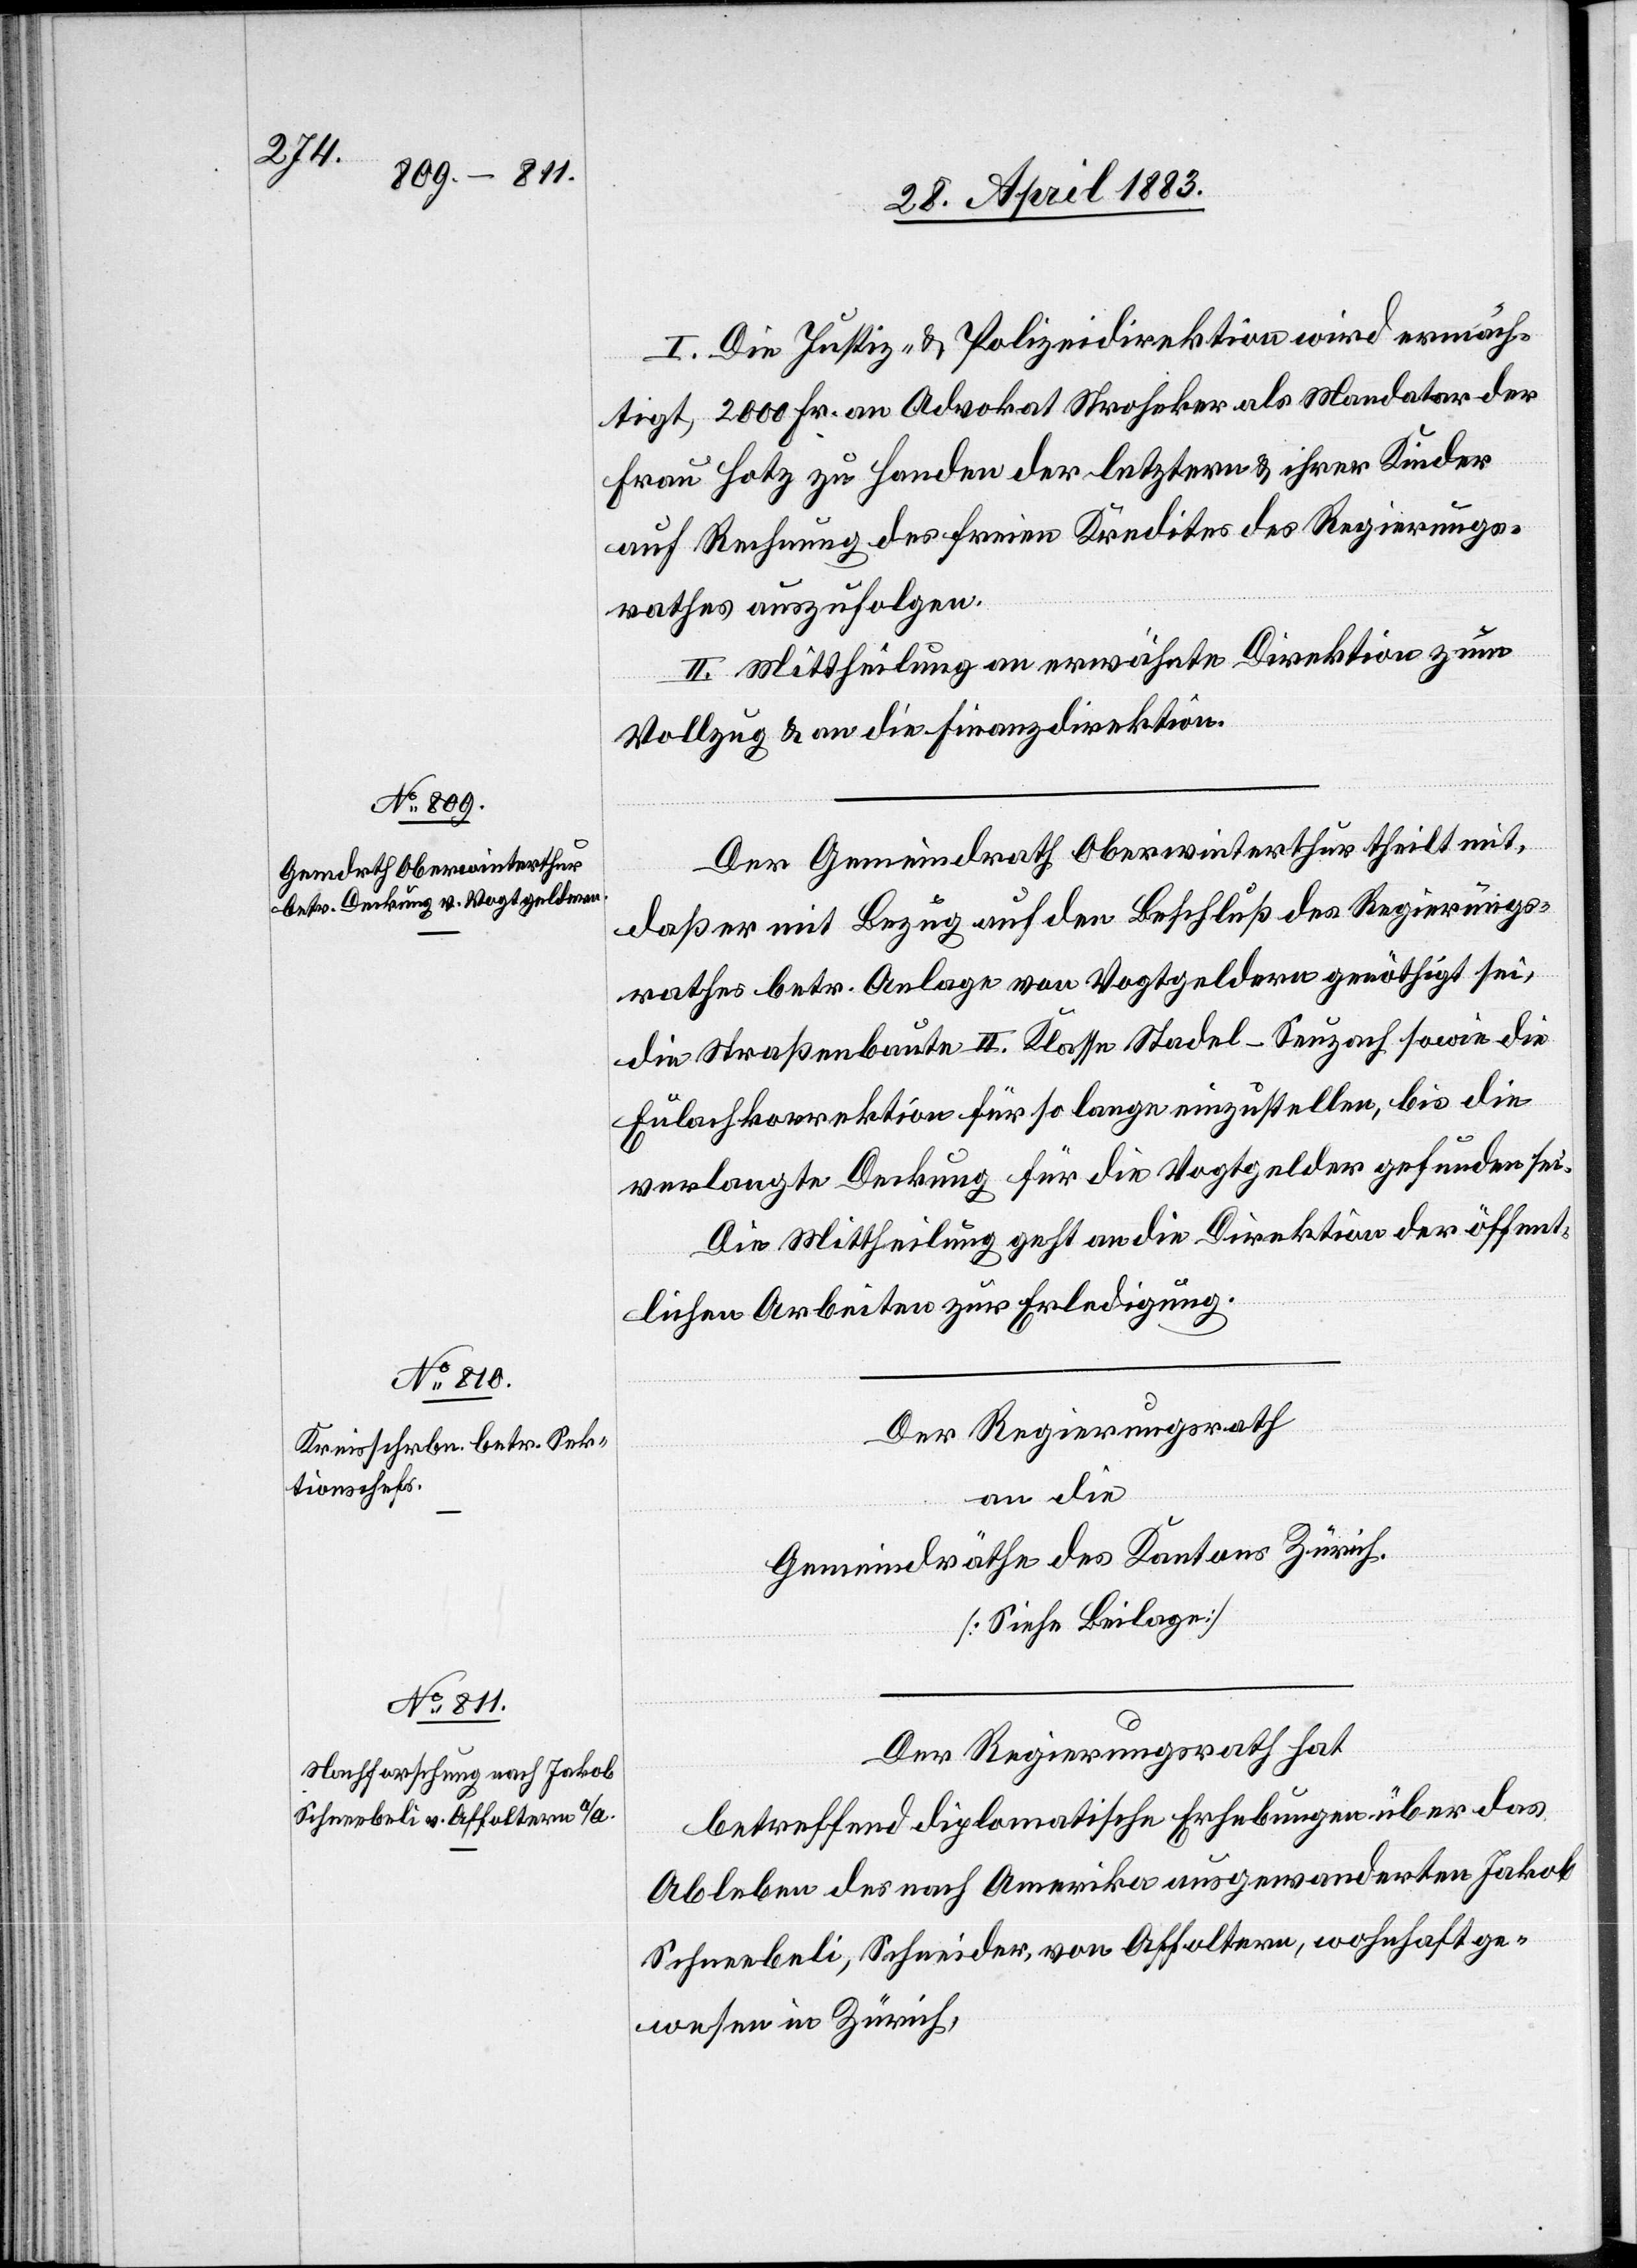
30. April 1883.]
I. Die Justiz- & Polizeidirektion wird ermäch¬
tigt, 2000 Fr. an Advokat Stroheker als Mandatar der
Frau Hotz zu Handen der letztern & ihrer Kinder
auf Rechnung des freien Kredites des Regierungs¬
rathes auszufolgen.
II. Mittheilung an erwähnte Direktion zum
Vollzug & an die Finanzdirektion.
Der Gemeindrath Oberwinterthur theilt mit,
daß er mit Bezug auf den Beschluß des Regierungs¬
rathes betr. Anlage von Vogtgeldern genöthigt sei,
die Straßenbaute II. Klasse Stadel–Seuzach sowie die
Eulachkorrektion für so lange einzustellen, bis die
verlangte Deckung für die Vogtgelder gefunden sei.
Der Regierungsrath
an die
Gemeindräthe des Kantons Zürich.
[Siehe Beilage]
Der Regierungsrath hat
betreffend diplomatische Erhebungen über das
Ableben des nach Amerika ausgewanderten Jakob
Schneebeli, Schneider, von Affoltern, wohnhaft ge¬
wesen in Zürich,